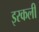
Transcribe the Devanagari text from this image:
इरकली